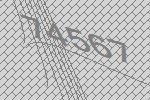
74567